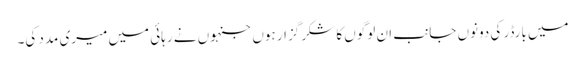
میں بارڈر کی دونوں جانب ان لوگوں کا شکر گزار ہوں جنہوں نے رہائی میں میری مدد کی۔